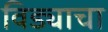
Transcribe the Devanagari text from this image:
विड्याचा